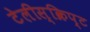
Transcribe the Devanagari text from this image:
टेलीस्क्रिप्ट